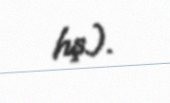
hş.).